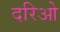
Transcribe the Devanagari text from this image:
दरिओ